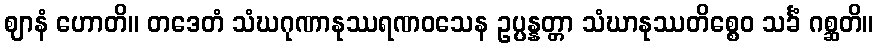
ဈာနံ ဟောတိ။ တဒေတံ သံဃဂုဏာနုဿရဏဝသေန ဥပ္ပန္နတ္တာ သံဃာနုဿတိစ္စေဝ သင်္ခံ ဂစ္ဆတိ။